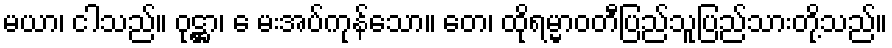
မယာ၊ ငါသည်။ ဝုဋ္ဌာ၊ ေ မးအပ်ကုန်သော။ တေ၊ ထိုရမ္မာဝတီပြည်သူပြည်သားတို့သည်။